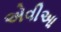
એવીઆ